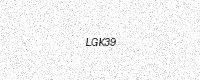
Text: LGK39